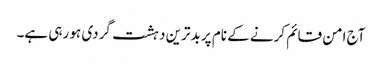
آج امن قائم کرنے کے نام پر بدترین دہشت گردی ہو رہی ہے۔